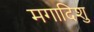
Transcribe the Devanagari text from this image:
मगादिशु